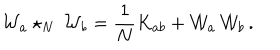
{ \cal W } _ { a } \star _ { N } \, { \cal W } _ { b } = \frac { 1 } { N } K _ { a b } + { \cal W } _ { a } \, { \cal W } _ { b } \, .